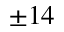
\pm 1 4